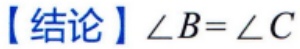
【结论】$\angle B = \angle C$